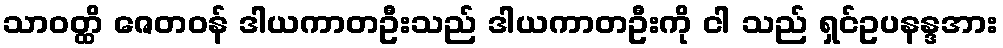
သာဝတ္ထိ ဇေတဝန် ဒါယကာတဦးသည် ဒါယကာတဦးကို ငါ သည် ရှင်ဥပနန္ဒအား